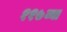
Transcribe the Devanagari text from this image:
११७व्या